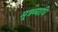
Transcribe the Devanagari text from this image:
मूत्रव्याधि